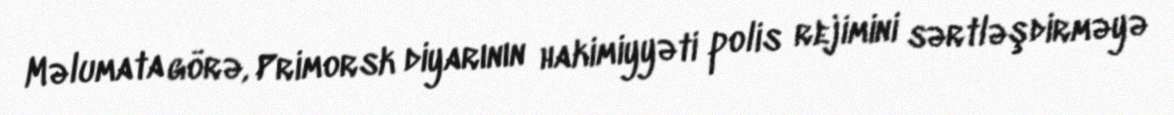
Məlumata görə, Primorsk diyarının hakimiyyəti polis rejimini sərtləşdirməyə